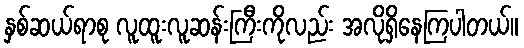
နှစ်ဆယ်ရာစု လူထူးလူဆန်းကြီးကိုလည်း အလိုရှိနေကြပါတယ်။